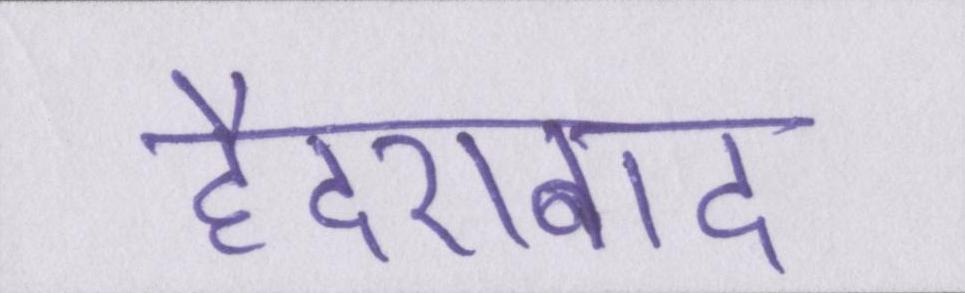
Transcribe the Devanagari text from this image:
हैदराबाद